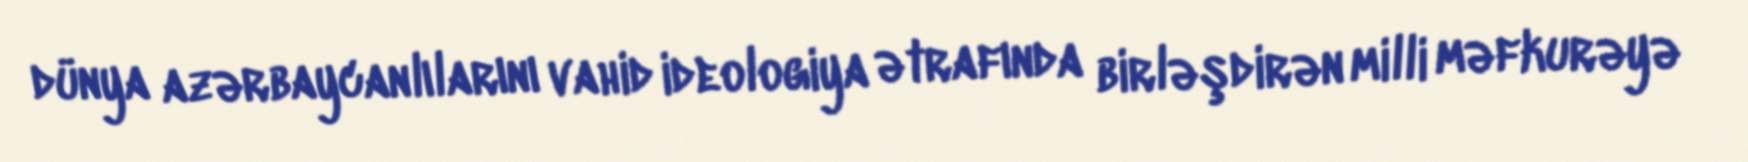
dünya azərbaycanlılarını vahid ideologiya ətrafında birləşdirən milli məfkurəyə